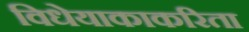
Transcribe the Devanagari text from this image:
विधेयाकाकरिता